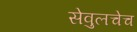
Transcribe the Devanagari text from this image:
सेवुलचेच